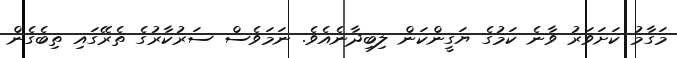
މަގާމު ކަށަވަރު ވާނެ ކަމުގެ ޔަގީންކަން ލިބިދާނެއެވެ. ނަމަވެސް ސަރުކާރުގެ ތެރޭގައި ތިބެގެން